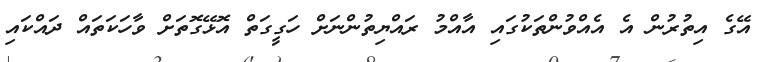
އޭގެ އިތުރުން އެ އެއްވުންތަކުގައި އާއްމު ރައްޔިތުންނަށް ހަގީގަތް އޮޅޭގޮތަށް ވާހަކަތައް ދައްކައި